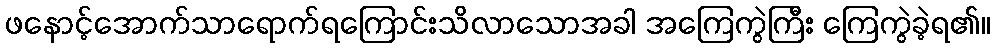
ဖနောင့်အောက်သာရောက်ရကြောင်းသိလာသောအခါ အကြေကွဲကြီး ကြေကွဲခဲ့ရ၏။